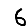
Digit: 6